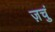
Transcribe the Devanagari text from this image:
ज़चुं